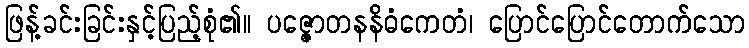
ဖြန့်ခင်းခြင်းနှင့်ပြည့်စုံ၏။ ပဇ္ဇောတနနိဓံကေတံ၊ ပြောင်ပြောင်တောက်သော